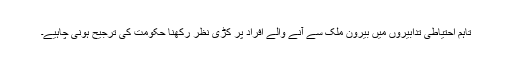
تاہم احتیاطی تدابیروں میں بیرون ملک سے آنے والے افراد پر کڑی نظر رکھنا حکومت کی ترجیح ہونی چاہیے۔